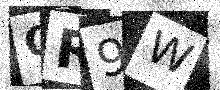
Text: OR9W